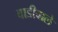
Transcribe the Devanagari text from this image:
वाडीवाले